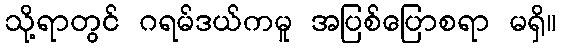
သို့ရာတွင် ဂရမ်ဒယ်ကမူ အပြစ်ပြောစရာ မရှိ။